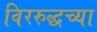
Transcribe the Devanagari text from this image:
विररुद्धच्या